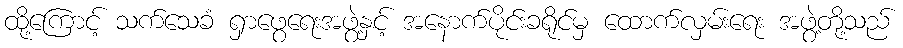
ထို့ကြောင့် သက်သေခံ ရှာဖွေရေးအဖွဲ့နှင့် အနောက်ပိုင်းခရိုင်မှ ထောက်လှမ်းရေး အဖွဲ့တို့သည်